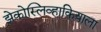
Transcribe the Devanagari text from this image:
झेकोस्लिव्हाकियाला